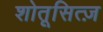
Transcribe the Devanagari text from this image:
शोतूसित्ज़